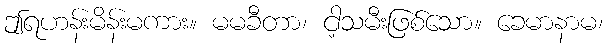
ဤရဟန်းမိန်းမကား။ မမခီတာ၊ ငါ့သမီးဖြစ်သော။ ခေမာနာမ၊